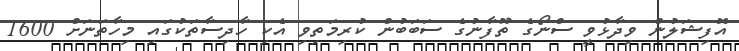
އޮފިޝަލުން ވިދާޅުވީ ސްނޯގެ ތޫފާނުގެ ސަބަބުން ކުރިމަތިވި އެކި ހާދިސާތަކުގައި މިހާތަނަށް 1600